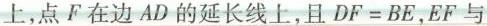
上，点F在边AD的延长线上，且$$DF=BE$$，EF与